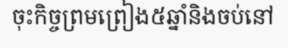
ចុះកិច្ចព្រមព្រៀង៥ឆ្នាំនិងចប់នៅ